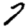
Digit: 7